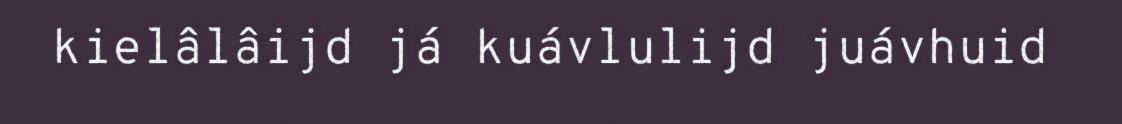
kielâlâijd já kuávlulijd juávhuid